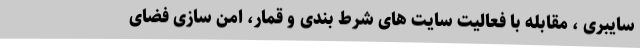
سایبری ، مقابله با فعالیت سایت های شرط بندی و قمار، امن سازی فضای